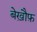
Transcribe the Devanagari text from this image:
बेख़ौफ़